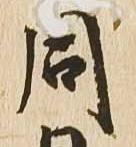
同